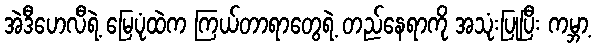
အဲဒီဟေလီရဲ့ မြေပုံထဲက ကြယ်တာရာတွေရဲ့ တည်နေရာကို အသုံးပြုပြီး ကမ္ဘာ့